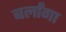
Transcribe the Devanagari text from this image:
बर्लांगा